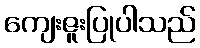
ကျေးဇူးပြုပါသည်